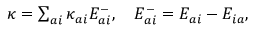
\begin{array} { r } { \kappa = \sum _ { a i } \kappa _ { a i } E _ { a i } ^ { - } , \quad E _ { a i } ^ { - } = E _ { a i } - E _ { i a } , } \end{array}